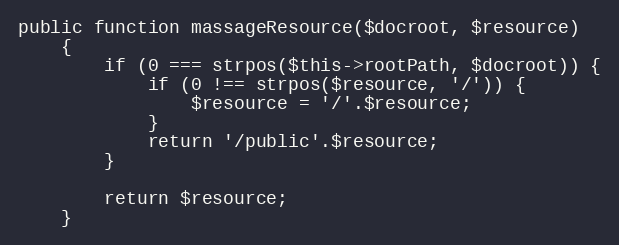
Language: PHP
public function massageResource($docroot, $resource)
    {
        if (0 === strpos($this->rootPath, $docroot)) {
            if (0 !== strpos($resource, '/')) {
                $resource = '/'.$resource;
            }
            return '/public'.$resource;
        }

        return $resource;
    }